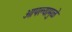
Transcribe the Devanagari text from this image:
आपल्यामुळे